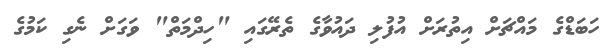
ހަބަޑްގެ މައްޗަށް އިތުރަށް އުފުލި ދައުވާގެ ތެރޭގައި "ހިދްމަތް" ވަގަށް ނެގި ކަމުގެ